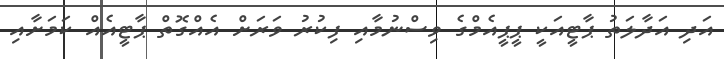
އަދި އަދާލަތު ޕާޓީއަކީ ޕީޕީއެމްގެ ވިސްނުމާއި ފިކުރު ވަރަށް އެއްގޮތް ޕާޓީއެއް ކަމަށާއި